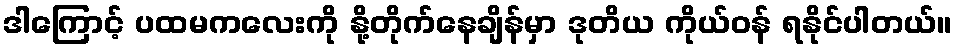
ဒါကြောင့် ပထမကလေးကို နို့တိုက်နေချိန်မှာ ဒုတိယ ကိုယ်ဝန် ရနိုင်ပါတယ်။